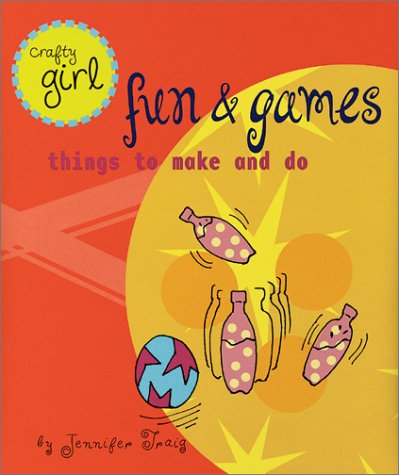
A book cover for Crafty Girl: Fun and Games: Things to Make and Do; Jennifer Traig; Teen & Young Adult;